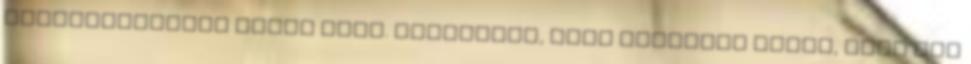
legnagyszerűbb érzés volt. Valakinek, akit mindenki leírt, hogy nem